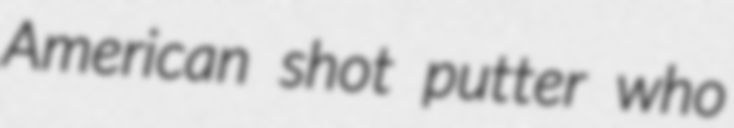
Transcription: American shot putter who